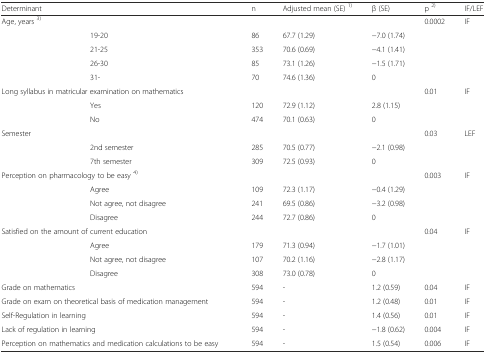
<table><thead><tr><td colspan="2"><b>Determinant</b></td><td><b>n</b></td><td><b>Adjusted mean (SE) <sup>1)</sup></b></td><td><b>β (SE)</b></td><td><b>p <sup>2)</sup></b></td><td><b>IF/LEF</b></td></tr></thead><tbody><tr><td colspan="2">Age, years <sup>3)</sup></td><td></td><td></td><td></td><td>0.0002</td><td>IF</td></tr><tr><td></td><td>19-20</td><td>86</td><td>67.7 (1.29)</td><td>−7.0 (1.74)</td><td></td><td></td></tr><tr><td></td><td>21-25</td><td>353</td><td>70.6 (0.69)</td><td>−4.1 (1.41)</td><td></td><td></td></tr><tr><td></td><td>26-30</td><td>85</td><td>73.1 (1.26)</td><td>−1.5 (1.71)</td><td></td><td></td></tr><tr><td></td><td>31-</td><td>70</td><td>74.6 (1.36)</td><td>0</td><td></td><td></td></tr><tr><td colspan="2">Long syllabus in matricular examination on mathematics</td><td></td><td></td><td></td><td>0.01</td><td>IF</td></tr><tr><td></td><td>Yes</td><td>120</td><td>72.9 (1.12)</td><td>2.8 (1.15)</td><td></td><td></td></tr><tr><td></td><td>No</td><td>474</td><td>70.1 (0.63)</td><td>0</td><td></td><td></td></tr><tr><td colspan="2">Semester</td><td></td><td></td><td></td><td>0.03</td><td>LEF</td></tr><tr><td></td><td>2nd semester</td><td>285</td><td>70.5 (0.77)</td><td>−2.1 (0.98)</td><td></td><td></td></tr><tr><td></td><td>7th semester</td><td>309</td><td>72.5 (0.93)</td><td>0</td><td></td><td></td></tr><tr><td colspan="2">Perception on pharmacology to be easy <sup>4)</sup></td><td></td><td></td><td></td><td>0.003</td><td>IF</td></tr><tr><td></td><td>Agree</td><td>109</td><td>72.3 (1.17)</td><td>−0.4 (1.29)</td><td></td><td></td></tr><tr><td></td><td>Not agree, not disagree</td><td>241</td><td>69.5 (0.86)</td><td>−3.2 (0.98)</td><td></td><td></td></tr><tr><td></td><td>Disagree</td><td>244</td><td>72.7 (0.86)</td><td>0</td><td></td><td></td></tr><tr><td colspan="2">Satisfied on the amount of current education</td><td></td><td></td><td></td><td>0.04</td><td>IF</td></tr><tr><td></td><td>Agree</td><td>179</td><td>71.3 (0.94)</td><td>−1.7 (1.01)</td><td></td><td></td></tr><tr><td></td><td>Not agree, not disagree</td><td>107</td><td>70.2 (1.16)</td><td>−2.8 (1.17)</td><td></td><td></td></tr><tr><td></td><td>Disagree</td><td>308</td><td>73.0 (0.78)</td><td>0</td><td></td><td></td></tr><tr><td colspan="2">Grade on mathematics</td><td>594</td><td>-</td><td>1.2 (0.59)</td><td>0.04</td><td>IF</td></tr><tr><td colspan="2">Grade on exam on theoretical basis of medication management</td><td>594</td><td>-</td><td>1.2 (0.48)</td><td>0.01</td><td>IF</td></tr><tr><td colspan="2">Self-Regulation in learning</td><td>594</td><td>-</td><td>1.4 (0.56)</td><td>0.01</td><td>IF</td></tr><tr><td colspan="2">Lack of regulation in learning</td><td>594</td><td>-</td><td>−1.8 (0.62)</td><td>0.004</td><td>IF</td></tr><tr><td colspan="2">Perception on mathematics and medication calculations to be easy</td><td>594</td><td>-</td><td>1.5 (0.54)</td><td>0.006</td><td>IF</td></tr></tbody></table>